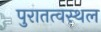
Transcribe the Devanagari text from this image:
पुरातत्वस्थल